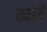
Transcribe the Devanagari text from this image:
खावैं